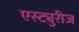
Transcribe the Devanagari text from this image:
एस्ट्युरीज